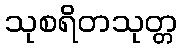
သုစရိတသုတ္တ